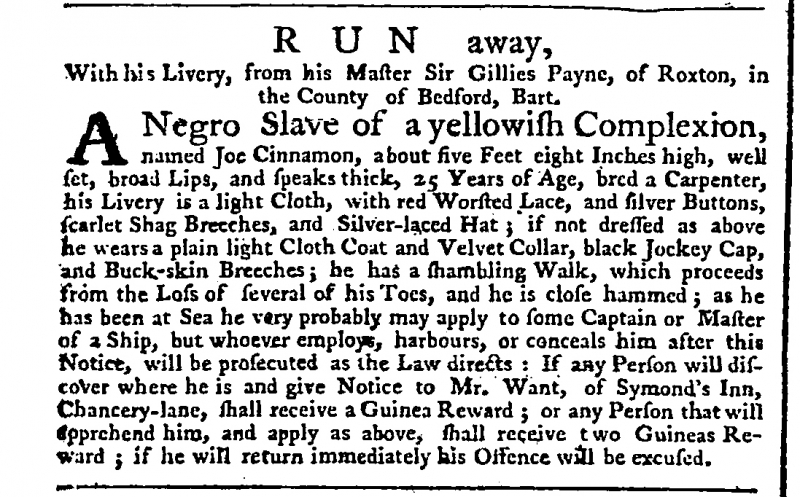
Public Advertiser, 17 June 1761 (England)
                           R U N   away, With his Livery, from his Master, Sir Gillies Payne, of Roxton, in the County of Bedford, Bart.   A Negro Slave of yellowish Complexion, named Joe Cinnamon, about five Feet eight Inches high, well set, broad Lips, and speaks thick, 25 Years of Age, bred a Carpenter, his Livery is a light Cloth, with red Worsted Lace, and silver Buttons, scarlet Shag Breeches, and Silver-laced Hat; if not dressed as above he wears a plain light Cloth Coat and Velvet Collar, black Jockey Cap, and Buck-skin Breeches; he has a shambling Walk, which proceeds from the Loss of several of his Toes, and he is close hammed; as he has been at Sea he very probably may apply to some Captain or Master of a Ship, but whoever employs, harbours, or conceals him after this Notice, will be prosecuted as the Law directs: If any Person will discover where he is and give Notice to Mr. Want, of Symond’s Inn, Chancery-lane, shall receive a Guinea Reward; or any Person that will apprehend him, and apply as above, shall Receive two Guineas Reward; if he will return immediately his Offence will be excused.